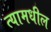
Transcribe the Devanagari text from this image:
त्‍यामधील